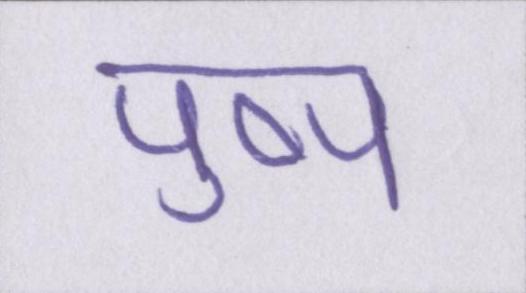
पुष्प